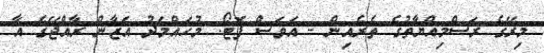
މިރޭގެ ރަސްމިއްޔާތުގެ ތެރެއިން - އަވަސް ފޮޓޯ: މުހައްމަދު އަޒާން ރާއްޖޭގެ އާ